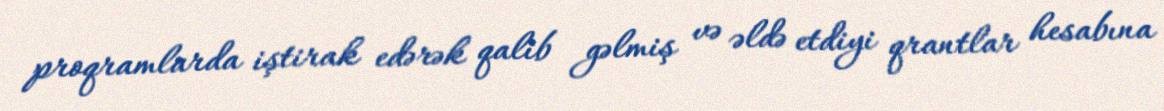
proqramlarda iştirak edərək qalib gəlmiş və əldə etdiyi qrantlar hesabına